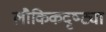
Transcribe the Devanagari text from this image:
लौकिकदृष्ट्या